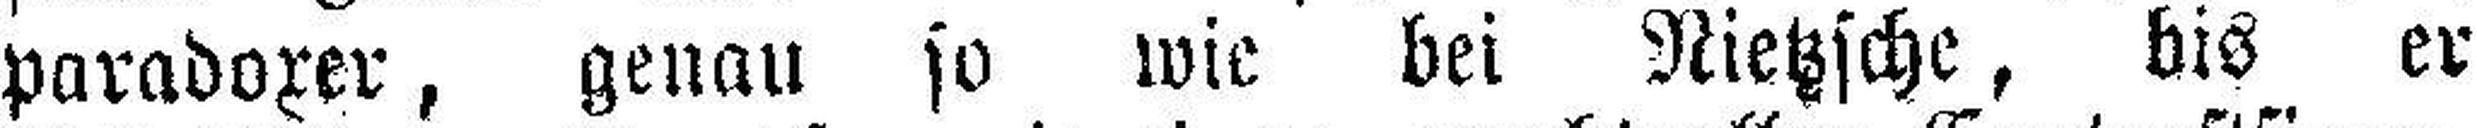
paradoxer, genau so wie bei Nietzsche, bis er